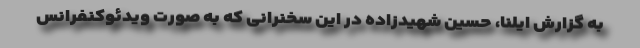
به گزارش ایلنا، حسین شهیدزاده در این سخنرانی که به صورت ویدئوکنفرانس